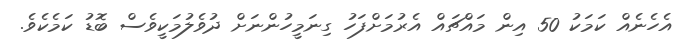
އެހެނެއް ކަމަކު 50 އިން މައްޗައް އެރުމަށްފަހު ގިނަމީހުންނަށް ދުވެލުމަކީވެސް ބޮޑު ކަމެކެވެ.